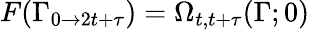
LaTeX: F(\Gamma_{0\rightarrow 2t+\tau})=\Omega_{t,t+\tau}(\Gamma;0)